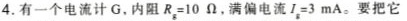
4.有一个电流计G，内阻 $$R _ { g } = 10 Ω$$ ，满偏电流 $$I _ { g } = 3 m A$$ 。要把它